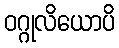
ဝဂ္ဂုလိယောပိ